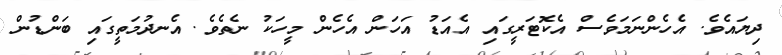
ދިޔައެވެ. އެހެންނަމަވެސް އެކޮޓަރީގައި އެއަޑު އަހަން އެހެން މީހަކު ނެތެވެ. އެނދުމަތީގައި ބަންޑުން